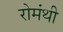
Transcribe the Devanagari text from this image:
रोमंथी